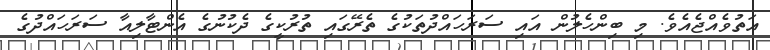
އަތުވެއްޖެއެވެ. މި ބިންހެލުން އައި ސަރަހައްދުތަކުގެ ތެރޭގަައި ތުރުކީގެ ދެކުނުގެ އެންޓާލިއާ ސަރަހައްދުގެ